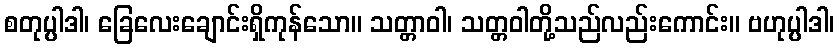
စတုပ္ပါဒါ၊ ခြေလေးချောင်းရှိကုန်သော။ သတ္တာဝါ၊ သတ္တဝါတို့သည်လည်းကောင်း။ ဗဟုပ္ပါဒါ၊